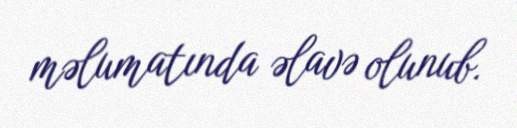
məlumatında əlavə olunub.